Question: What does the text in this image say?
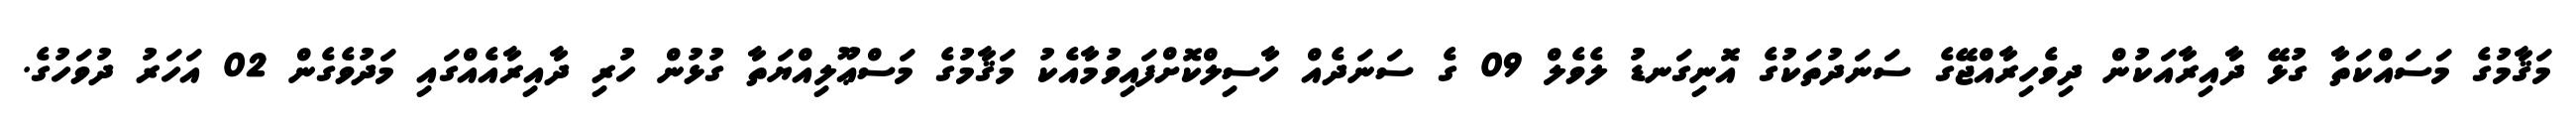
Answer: މަޤާމުގެ މަސައްކަތާ ގުޅޭ ދާއިރާއަކުން ދިވެހިރާއްޖޭގެ ސަނަދުތަކުގެ އޮނިގަނޑު ލެވެލް 09 ގެ ސަނަދެއް ހާސިލްކޮށްފައިވުމާއެކު މަޤާމުގެ މަސްޢޫލިއްޔަތާ ގުޅުން ހުރި ދާއިރާއެއްގައި މަދުވެގެން 02 އަހަރު ދުވަހުގެ.